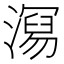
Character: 𭲧